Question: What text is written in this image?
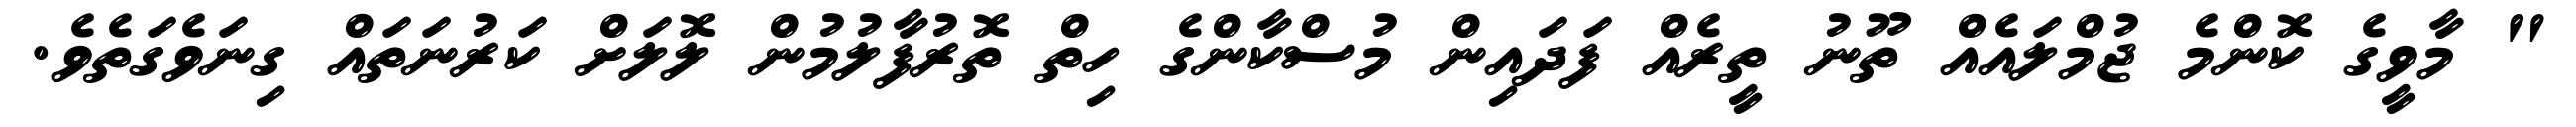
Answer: " މާވީގެ ކޮންމެ ޖުމްލައެއް ތޫނު ތީރެއް ފަދައިން މުސްކާންގެ ހިތް ތޮރުފާލުމުން ލޮލަށް ކަރުނަތައް ގިނަވެގަތެވެ.